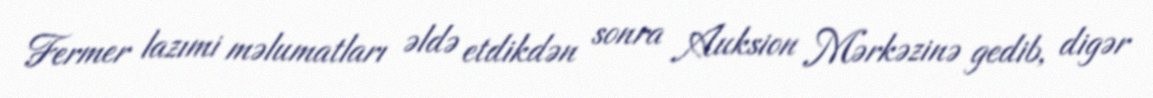
Fermer lazımi məlumatları əldə etdikdən sonra Auksion Mərkəzinə gedib, digər